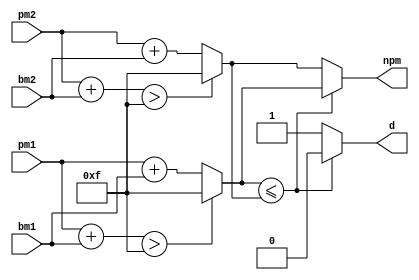
module add_compare_select (npm, d, pm1, bm1, pm2, bm2);
	/**
	 * WARNING TO DEVELOPER(S)!!!
	 *
	 * CHECK/VERIFY THAT THE WIDTH OF ALL THE PATH METRIC BUSES
	 * ARE THE SAME
	 *
	 * SUCH BUSES INCLUDE npm, pm1, pm2, add1, and add2
	 *
	 * THE FOLLOWING BUSES ARE NOT INCLUDED: bm1, bm2, add_temp1,
	 * and add_temp2
	 *
	 * NOTE THAT THE WIDTHS OF add_temp1 AND add_temp2 ARE ONE GREATER
	 * THAN THOSE OF THE PATH METRIC BUSES
	 */


	
	// Output signals for the design module
	/**
	 * New path metric - It keeps growing, so reasonable number
	 * of bits have to be chosen so that npm is unlikely to overflow
	 * Number of bits chosen = 4
	 *
	 * To handle overflows, I have decided to saturate the result
	 * of the computation at 2^n - 1 = 2^4 - 1 = 15
	 */
	output [3:0] npm;
	// Decision bit from the add-compare-select unit
	output d;
	
	
	// Input signals for the design module
	// Current path metric #1 for a set of addition
	input [3:0] pm1;
	// Branch metric #1 for a set of addition
	input [1:0] bm1;
	// Current path metric #2 for another set of addition
	input [3:0] pm2;
	// Branch metric #2 for another set of addition
	input [1:0] bm2;
	
	// Declare "reg" signals... that will be assigned values
	reg [3:0] npm;
	reg d;
	/**
	 * Result of the additions in the first stage of the
	 * add-compare-select unit
	 */
	// Result of a set of addition
	reg [3:0] add1;
	// Result of another set of addition
	reg [3:0] add2;
	// Temporary storage for a set of addition to check for overflow
	reg [4:0] add_temp1;
	// Temporary storage for another set of addition to check for overflow
	reg [4:0] add_temp2;



	
	// Declare "wire" signals...
	// Defining constants: parameter [name_of_constant] = value;
	// Maximum value that can be stored in a 4-bit bus
	parameter max_add = 4'd15;


	/**
	 * Perform the addition stage of the add-compare-select unit
	 * Result of a set of addition
	 */
	always @ (pm1 or bm1)
	begin
		// Add the operands and temporary store them
		add_temp1 = pm1 + bm1;
		// Did the (temporary) addition cause an overflow
		if(add_temp1 > max_add)
		begin
			/**
			 * Yes... An overflow has occurred.
			 * Saturate the addition to max_add
			 */
			add1 = max_add;
		end
		else
		begin
			/**
			 * An overflow did not occur with the addition of 2
			 * numbers. Hence, the result of the addition is the
			 * sum of the 2 numbers.
			 */
			add1 = pm1 + bm1;
		end
	end
	
	/**
	 * Perform the addition stage of the add-compare-select unit
	 * Result of another set of addition
	 */
	always @ (pm2 or bm2)
	begin
		// Add the operands and temporary store them
		add_temp2 = pm2 + bm2;
		// Did the (temporary) addition cause an overflow
		if(add_temp2 > max_add)
		begin
			/**
			 * Yes... An overflow has occurred.
			 * Saturate the addition to max_add
			 */
			add2 = max_add;
		end
		else
		begin
			/**
			 * An overflow did not occur with the addition of 2
			 * numbers. Hence, the result of the addition is the
			 * sum of the 2 numbers.
			 */
			add2 = pm2 + bm2;
		end
	end
	
	// ========================================================
	
	// Perform the compare stage of the add-compare-select unit
	always @ (add1 or add2)
	begin
		if(add1 <= add2)
		begin
			// Select path 1 ==> d=0
			d = 1'b0;
		end
		else
		begin
			// Select path 2 ==> d=1
			d = 1'b1;
		end
	end
	
	// ========================================================
	
	// Perform the select stage of the add-compare-select unit
	always @ (d or add1 or add2)
	begin
		if(d)
		begin
			// Select path 2... add1 < add2
			npm = add2;
		end
		else
		begin
			// Select path 1... add1 >= add2
			npm = add1;
		end
	end
	
	
	
endmodule